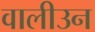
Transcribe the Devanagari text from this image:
वालीउन